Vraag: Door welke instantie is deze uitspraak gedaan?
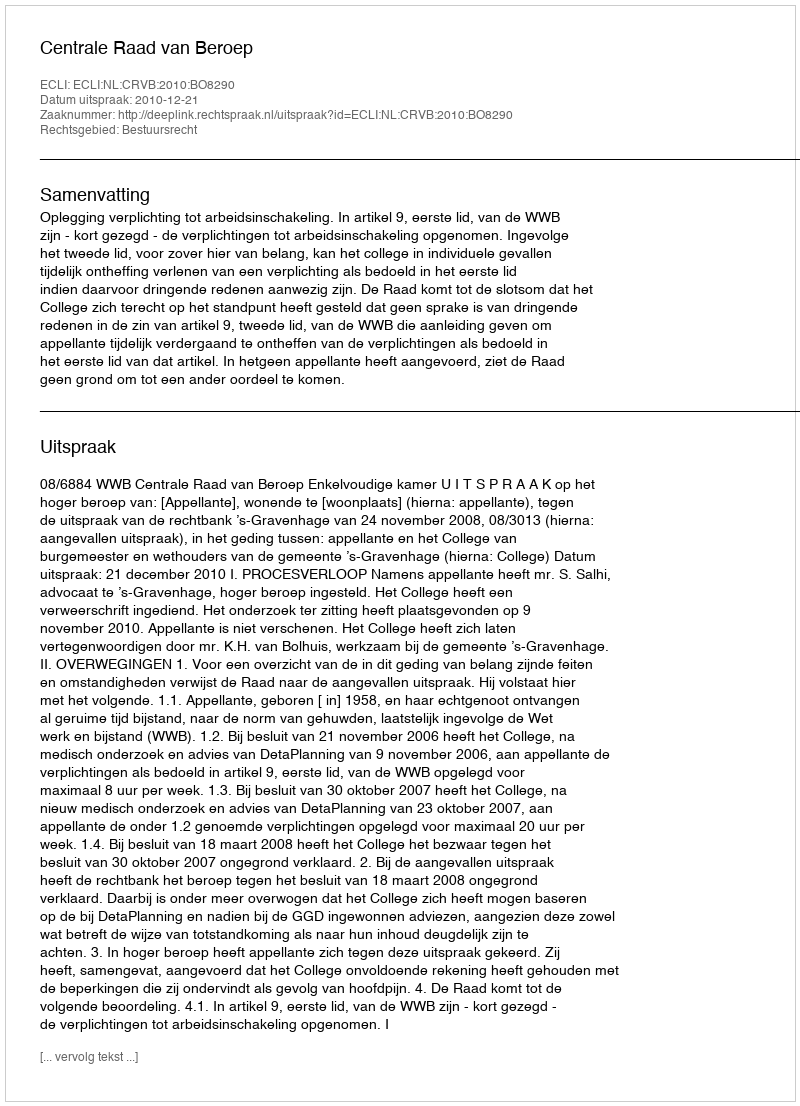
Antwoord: Centrale Raad van Beroep